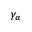
\gamma _ { \alpha }